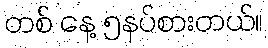
တစ် နေ့ ၅နပ်စားတယ်။